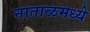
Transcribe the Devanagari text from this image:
नाताळमध्ये